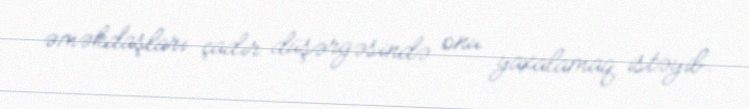
əməkdaşları çadır düşərgəsində onu yaxalamaq istəyib.